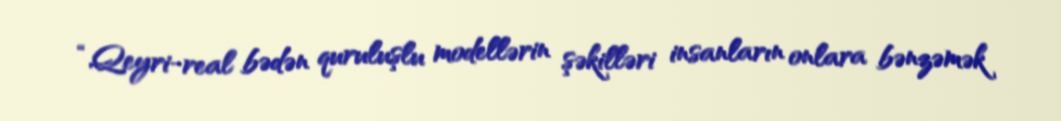
“Qeyri-real bədən quruluşlu modellərin şəkilləri insanların onlara bənzəmək